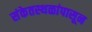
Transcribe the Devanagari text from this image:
संकेतस्थळांपासून